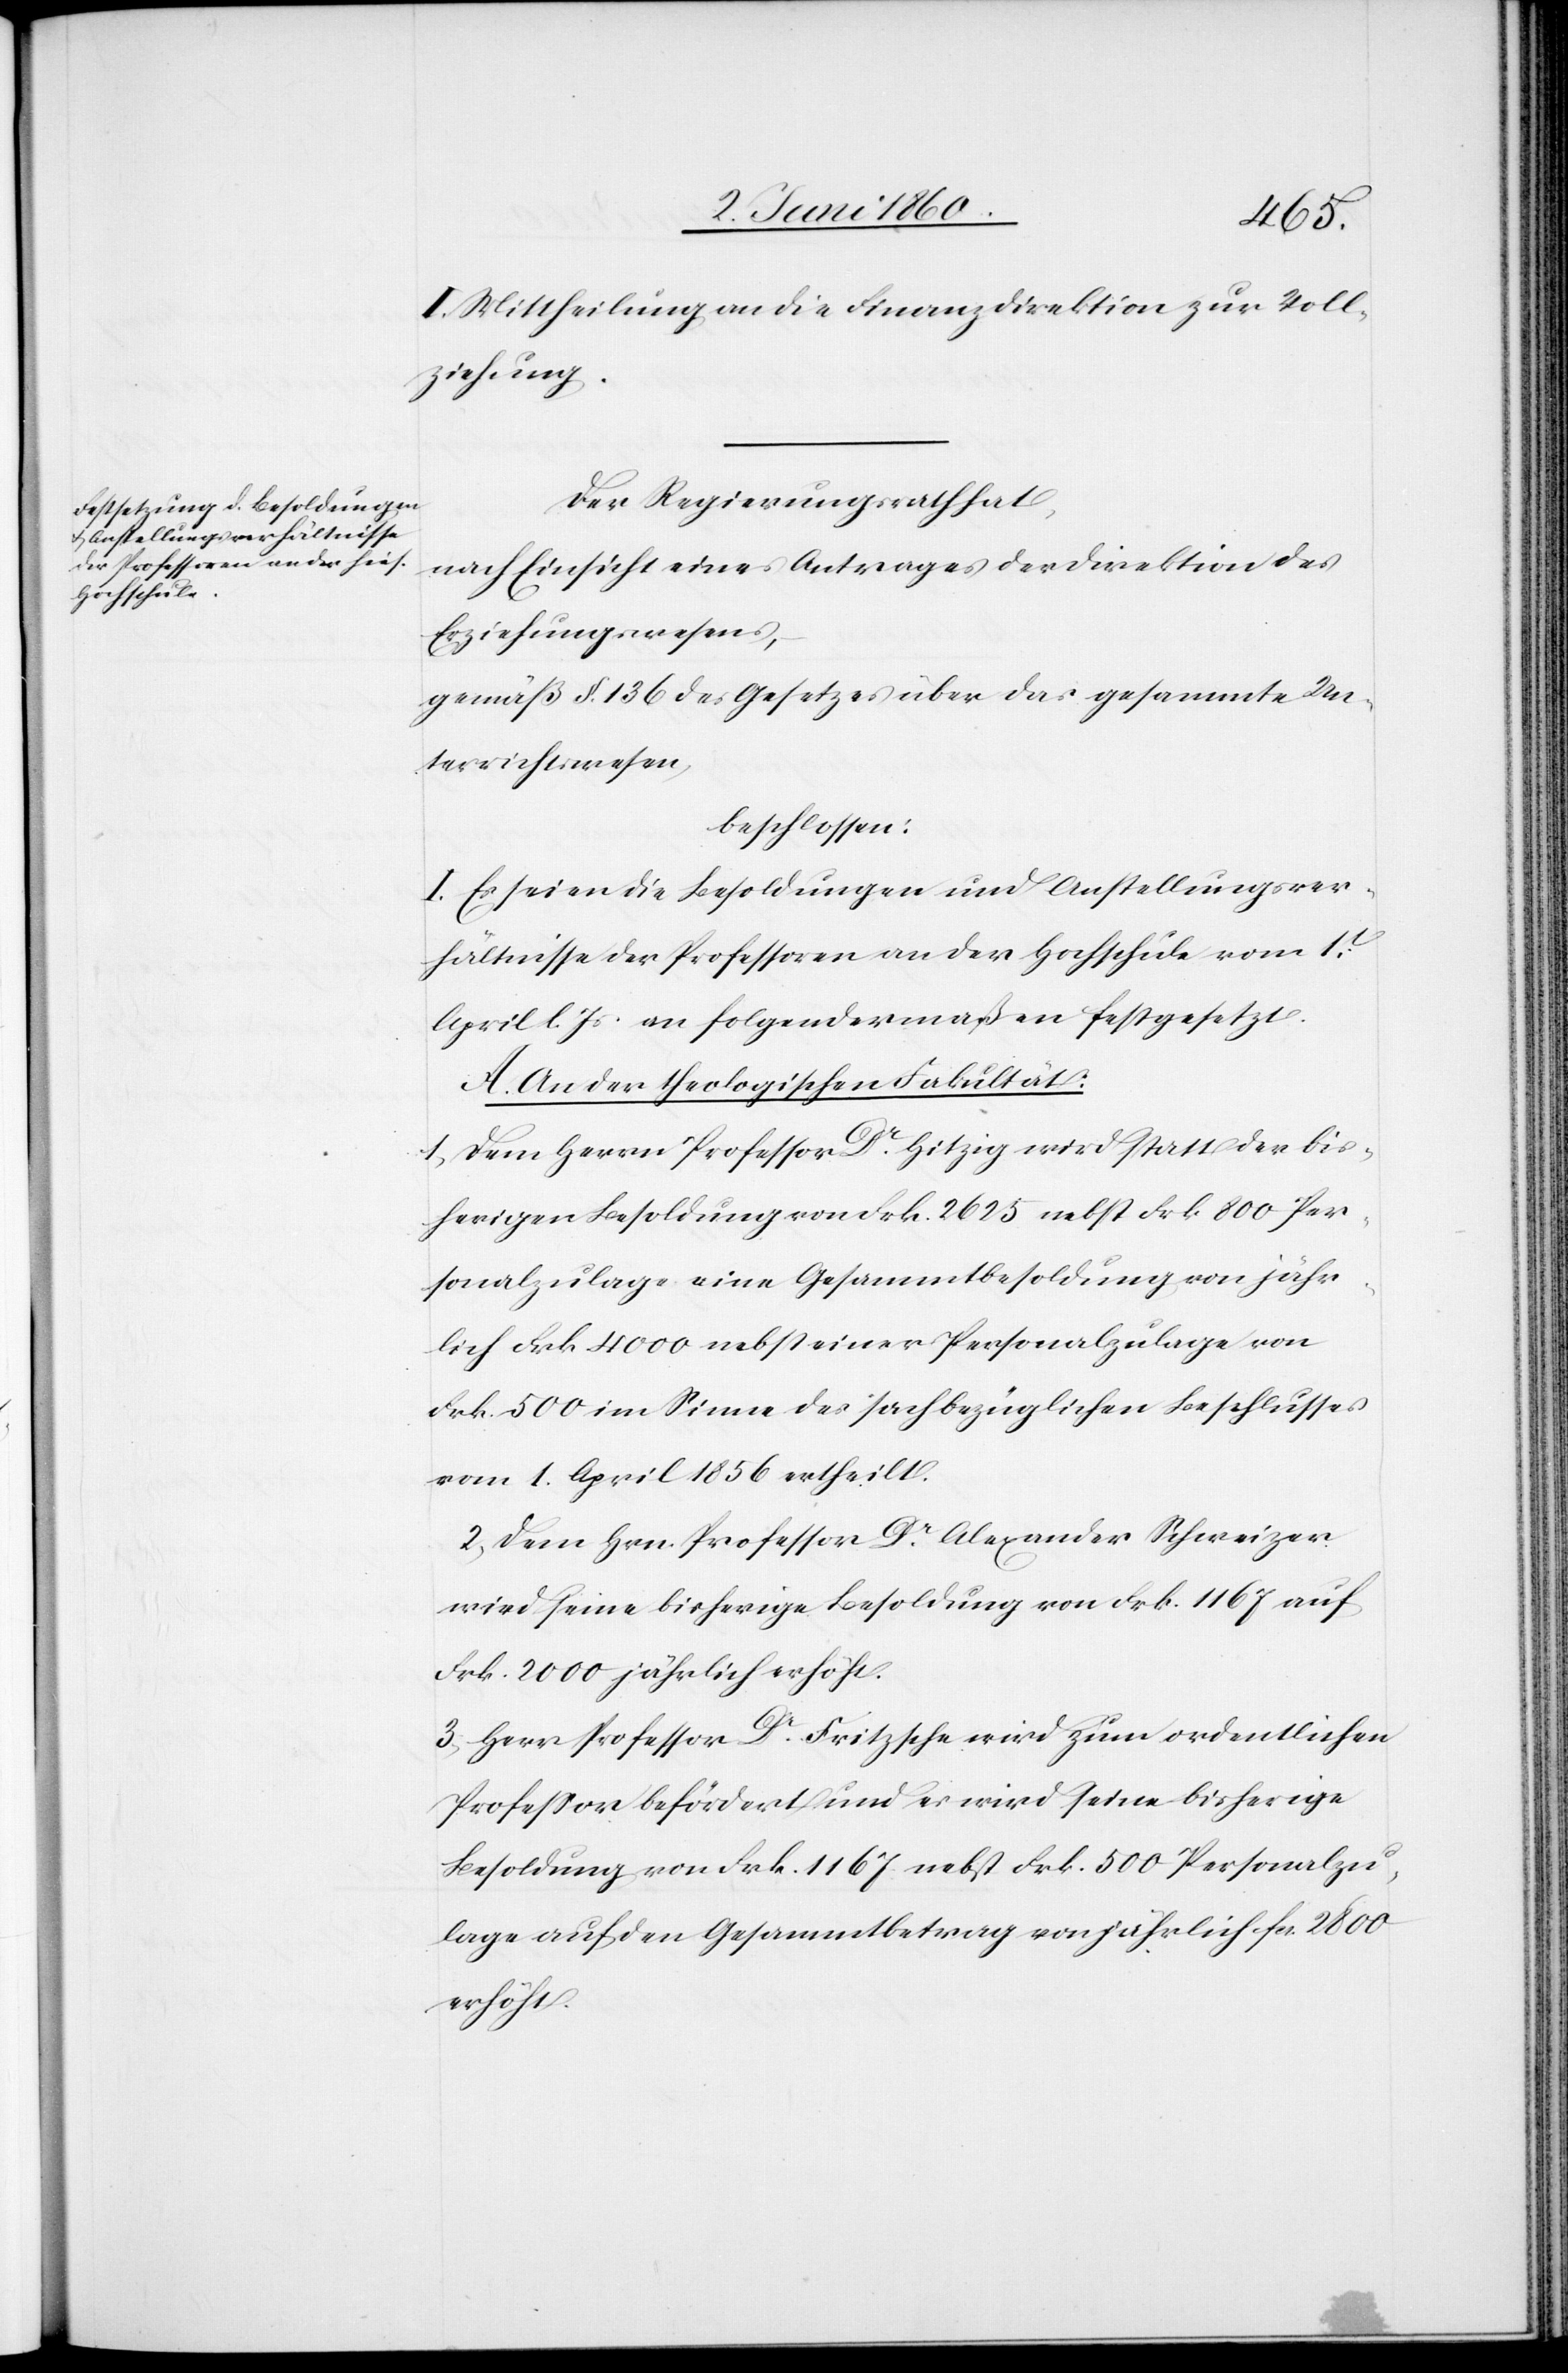
II. Mittheilung an die Finanzdirektion zur Voll¬
ziehung.
Der Regierungsrath hat,
nach Einsicht eines Antrages der Direktion des
Erziehungswesens,
gemäss §. 136 des Gesetzes über das gesammte Un¬
terrichtswesen,
beschlossen:
I. Es seien die Besoldungen und Anstellungsver¬
hältnisse der Professoren an der Hochschule vom 1t
April l. Js. an folgendermaßen festgesetzt.
A. An der theologischen Fakultät:
1. Dem Herrn Professor Dr Hitzig wird statt der bis¬
herigen Besoldung von Frk. 2625 nebst Frk. 800 Per¬
sonalzulage eine Gesammtbesoldung von jähr¬
lich Frk. 4000 nebst einer Personalzulage von
Frk. 500 im Sinne des sachbezüglichen Beschlusses
vom 1. April 1856 ertheilt.
2. Dem Herrn Professor Dr Alexander Schweizer
wird seine bisherige Besoldung von Frk. 1167 auf
Frk. 2000 jährlich erhöht.
3. Herr Professor Dr Fritsche wird zum ordentlichen
Professor befördert und es wird seine bisherige
Besoldung von Frk. 1167 nebst Frk. 500 Personalzu¬
lage auf den Gesammtbetrag von jährlich fcs. 2800
erhöht.